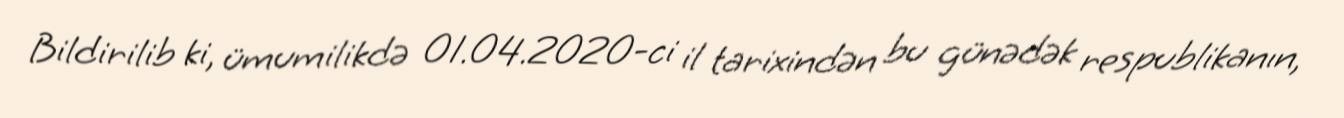
Bildirilib ki, ümumilikdə 01.04.2020-ci il tarixindən bu günədək respublikanın,